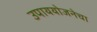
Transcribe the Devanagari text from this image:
उपाययोजनेचा